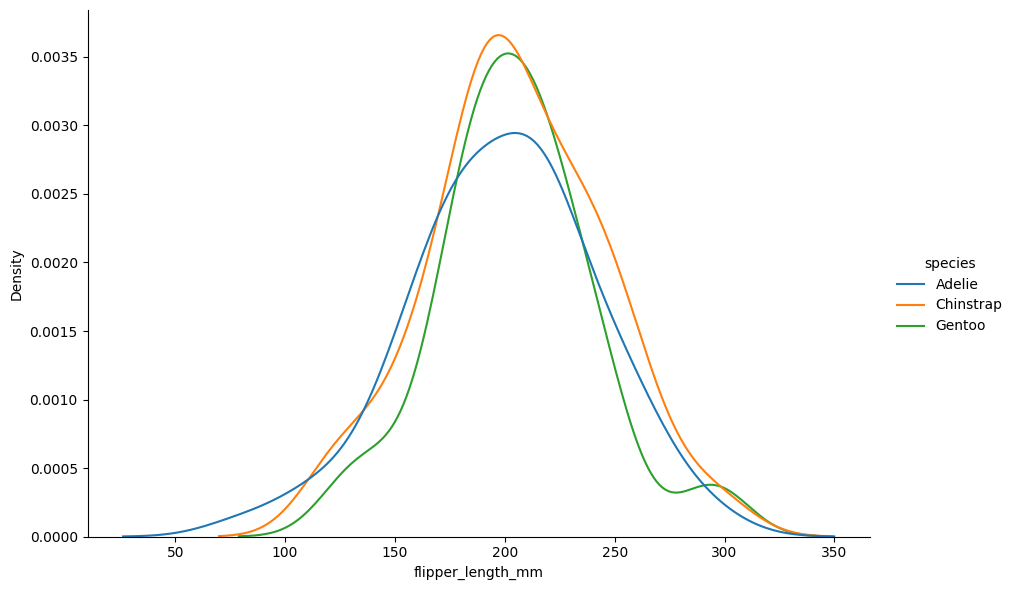
python, seaborn, displot, kind='kde', column='flipper_length_mm', hue='species', height=6, aspect=1.5